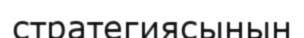
стратегиясынын